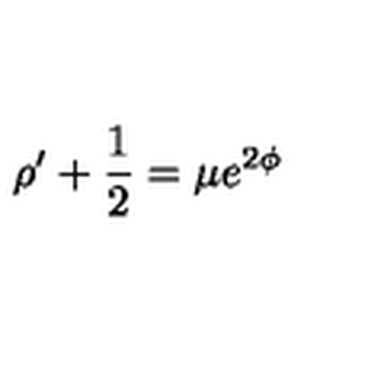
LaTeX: \rho ^ { \prime } + \frac { 1 } { 2 } = \mu e ^ { 2 \phi }